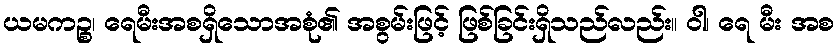
ယမကဉ္စ၊ ရေမီးအစရှိသောအစုံ၏ အစွမ်းဖြင့် ဖြစ်ခြင်းရှိသည်လည်း။ ဝါ၊ ရေ မီး အစ